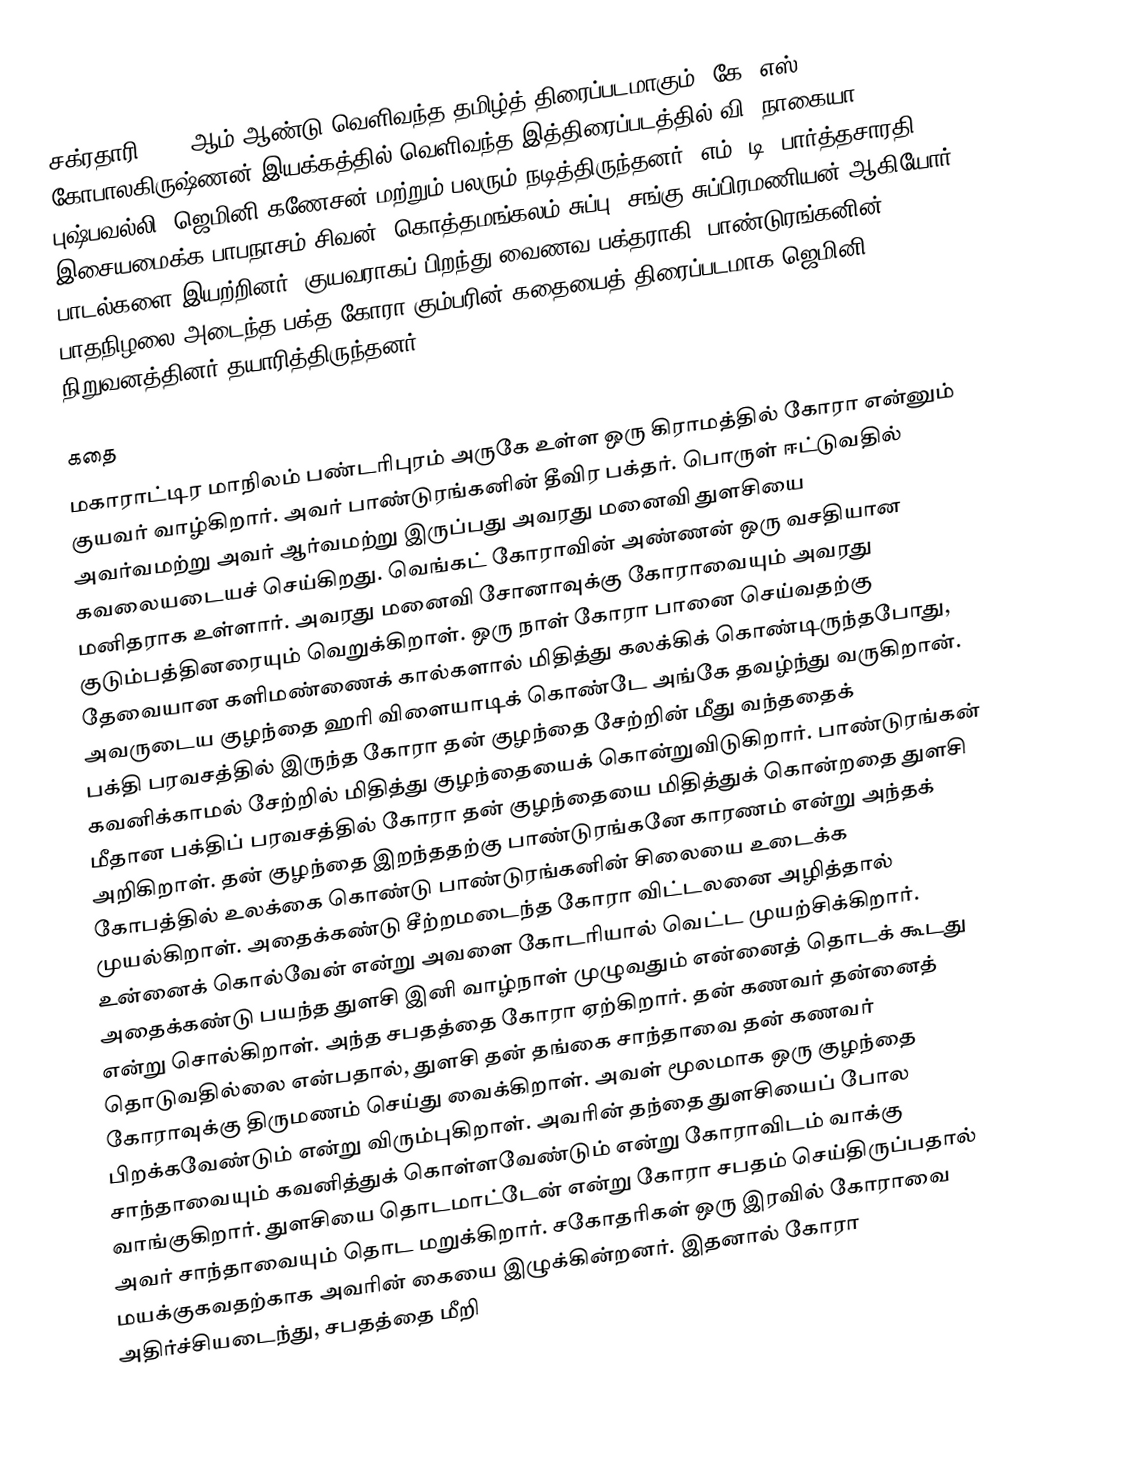
சக்ரதாரி 1948 ஆம் ஆண்டு வெளிவந்த தமிழ்த் திரைப்படமாகும். கே. எஸ். கோபாலகிருஷ்ணன் இயக்கத்தில் வெளிவந்த இத்திரைப்படத்தில் வி. நாகையா, புஷ்பவல்லி, ஜெமினி கணேசன் மற்றும் பலரும் நடித்திருந்தனர். எம். டி. பார்த்தசாரதி இசையமைக்க பாபநாசம் சிவன், கொத்தமங்கலம் சுப்பு, சங்கு சுப்பிரமணியன் ஆகியோர் பாடல்களை இயற்றினர். குயவராகப் பிறந்து வைணவ பக்தராகி, பாண்டுரங்கனின் பாதநிழலை அடைந்த பக்த கோரா கும்பரின் கதையைத் திரைப்படமாக ஜெமினி நிறுவனத்தினர் தயாரித்திருந்தனர்.

கதை
மகாராட்டிர மாநிலம் பண்டரிபுரம் அருகே உள்ள ஒரு கிராமத்தில் கோரா என்னும் குயவர் வாழ்கிறார். அவர் பாண்டுரங்கனின் தீவிர பக்தர். பொருள் ஈட்டுவதில் அவர்வமற்று அவர் ஆர்வமற்று இருப்பது அவரது மனைவி துளசியை கவலையடையச் செய்கிறது. வெங்கட் கோராவின் அண்ணன் ஒரு வசதியான மனிதராக உள்ளார். அவரது மனைவி சோனாவுக்கு கோராவையும் அவரது குடும்பத்தினரையும் வெறுக்கிறாள். ஒரு நாள் கோரா பானை செய்வதற்கு தேவையான களிமண்ணைக் கால்களால் மிதித்து கலக்கிக் கொண்டிருந்தபோது, அவருடைய குழந்தை ஹரி விளையாடிக் கொண்டே அங்கே தவழ்ந்து வருகிறான்.  பக்தி பரவசத்தில் இருந்த கோரா தன் குழந்தை சேற்றின் மீது வந்ததைக் கவனிக்காமல் சேற்றில் மிதித்து குழந்தையைக் கொன்றுவிடுகிறார். பாண்டுரங்கன் மீதான பக்திப் பரவசத்தில் கோரா தன் குழந்தையை மிதித்துக் கொன்றதை துளசி அறிகிறாள். தன் குழந்தை இறந்ததற்கு பாண்டுரங்கனே காரணம் என்று அந்தக் கோபத்தில் உலக்கை கொண்டு பாண்டுரங்கனின் சிலையை உடைக்க முயல்கிறாள். அதைக்கண்டு சீற்றமடைந்த கோரா விட்டலனை அழித்தால் உன்னைக் கொல்வேன் என்று அவளை கோடரியால் வெட்ட முயற்சிக்கிறார். அதைக்கண்டு பயந்த துளசி இனி வாழ்நாள் முழுவதும் என்னைத் தொடக் கூடது என்று சொல்கிறாள். அந்த சபதத்தை கோரா ஏற்கிறார். தன் கணவர் தன்னைத் தொடுவதில்லை என்பதால், துளசி தன் தங்கை சாந்தாவை தன் கணவர் கோராவுக்கு திருமணம் செய்து வைக்கிறாள். அவள் மூலமாக ஒரு குழந்தை பிறக்கவேண்டும் என்று விரும்புகிறாள். அவரின் தந்தை துளசியைப் போல சாந்தாவையும் கவனித்துக் கொள்ளவேண்டும் என்று கோராவிடம் வாக்கு வாங்குகிறார். துளசியை தொடமாட்டேன் என்று கோரா சபதம் செய்திருப்பதால் அவர் சாந்தாவையும் தொட மறுக்கிறார். சகோதரிகள் ஒரு இரவில் கோராவை மயக்குகவதற்காக அவரின் கையை இழுக்கின்றனர். இதனால் கோரா அதிர்ச்சியடைந்து, சபதத்தை மீறி